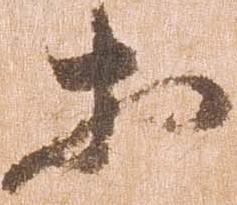
等